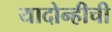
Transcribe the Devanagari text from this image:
यादोन्हीची